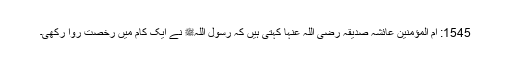
1545: اُمّ المؤمنین عائشہ صدیقہ رضی اللہ عنہا کہتی ہیں کہ رسول اللہﷺ نے ایک کام میں رخصت روا رکھی۔